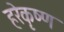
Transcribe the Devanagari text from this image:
हरेकृष्‍ण